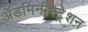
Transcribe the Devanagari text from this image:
ॲडमिनीस्ट्रेशन